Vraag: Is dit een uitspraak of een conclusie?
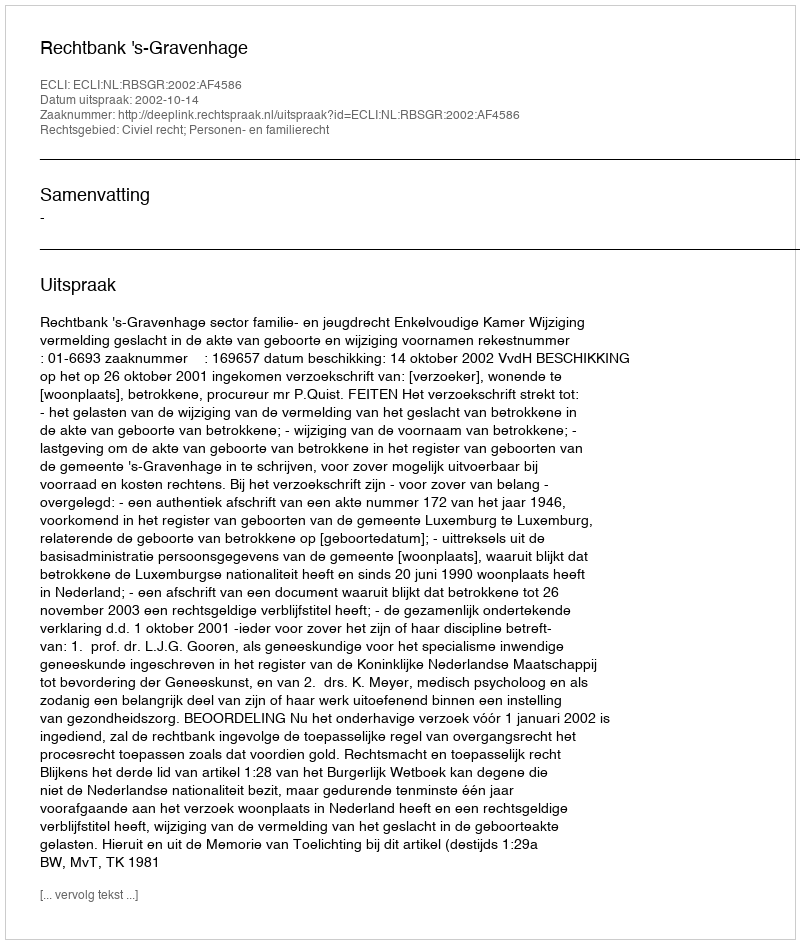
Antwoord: Uitspraak